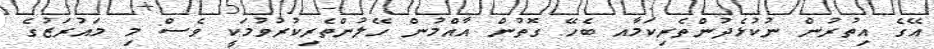
އޭގެ އިތުރުން ނުކުޅެދުންތެރިކަމާއ ބެހޭ ގޮތުން އާއްމުން ހޭލުންތެރިކުރުވުމަކީ ވެސް މި މައުރަޒުގެ